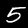
Label: 5